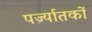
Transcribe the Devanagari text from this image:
पर्ज्यातकों